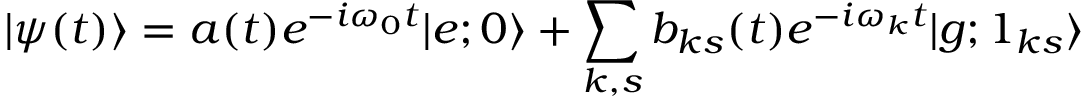
| \psi ( t ) \rangle = a ( t ) e ^ { - i \omega _ { 0 } t } | e ; 0 \rangle + \sum _ { k , s } b _ { k s } ( t ) e ^ { - i \omega _ { k } t } | g ; 1 _ { k s } \rangle